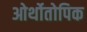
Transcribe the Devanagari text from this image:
ओर्थोतोपिक